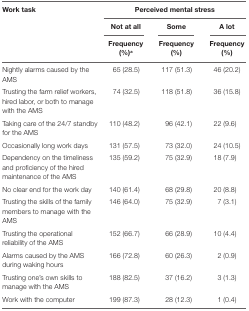
| <ROWSPAN=3> Work task | <COLSPAN=3> Perceived mental stress |
 | Not at all | Some | A lot |
 | Frequency (%)a | Frequency (%) | Frequency (%) |
 | --- | --- | --- | --- |
 | Nightly alarms caused by the AMS | 65 (28.5) | 117 (51.3) | 46 (20.2) |
 | Trusting the farm relief workers, hired labor, or both to manage with the AMS | 74 (32.5) | 118 (51.8) | 36 (15.8) |
 | Taking care of the 24/7 standby for the AMS | 110 (48.2) | 96 (42.1) | 22 (9.6) |
 | Occasionally long work days | 131 (57.5) | 73 (32.0) | 24 (10.5) |
 | Dependency on the timeliness and proficiency of the hired maintenance of the AMS | 135 (59.2) | 75 (32.9) | 18 (7.9) |
 | No clear end for the work day | 140 (61.4) | 68 (29.8) | 20 (8.8) |
 | Trusting the skills of the family members to manage with the AMS | 146 (64.0) | 75 (32.9) | 7 (3.1) |
 | Trusting the operational reliability of the AMS | 152 (66.7) | 66 (28.9) | 10 (4.4) |
 | Alarms caused by the AMS during waking hours | 166 (72.8) | 60 (26.3) | 2 (0.9) |
 | Trusting one’s own skills to manage with the AMS | 188 (82.5) | 37 (16.2) | 3 (1.3) |
 | Work with the computer | 199 (87.3) | 28 (12.3) | 1 (0.4) |